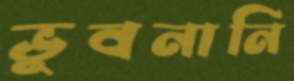
ভুবনানি